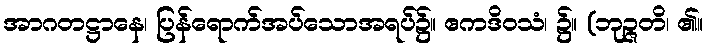
အာဂတဋ္ဌာနေ၊ ပြန်ရောက်အပ်သောအရပ်၌။ ဧကဒိဝသံ၊ ၌။ (ဘုဉ္ဇတိ၊ ၏။